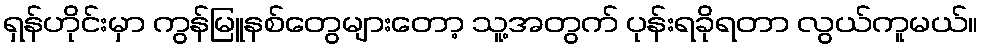
ရှန်ဟိုင်းမှာ ကွန်မြူနစ်တွေများတော့ သူ့အတွက် ပုန်းရခိုရတာ လွယ်ကူမယ်။